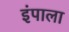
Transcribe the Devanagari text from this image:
इंपाला